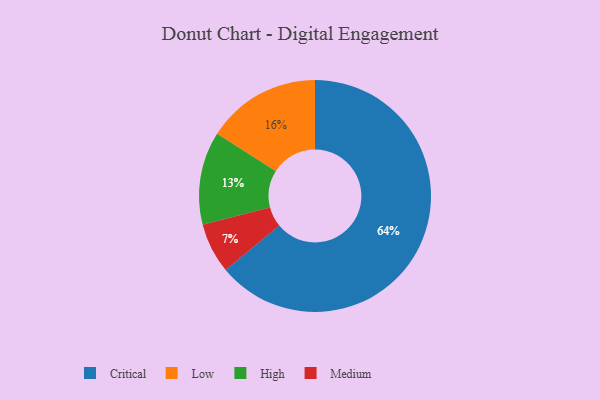
{"axis": {"x": "Category", "y": "Percentage"}, "legend": ["Critical", "High", "Low", "Medium"], "data": [{"x": "High", "y": 13, "type": "High"}, {"x": "Low", "y": 16, "type": "Low"}, {"x": "Medium", "y": 7, "type": "Medium"}, {"x": "Critical", "y": 64, "type": "Critical"}]}